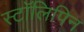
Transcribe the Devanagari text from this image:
स्टॉलिपिन